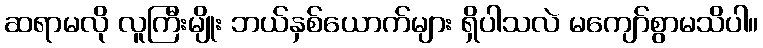
ဆရာမလို လူကြီးမျိုး ဘယ်နှစ်ယောက်များ ရှိပါသလဲ မကျော်စွာမသိပါ။